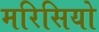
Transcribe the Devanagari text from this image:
मरिसियो